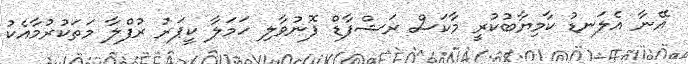
އޭނާ އެލަނޑު ކާމިޔާބުކުރީ މާކަސް ރަޝްފާޑް ފޮނުވާލި ހަމަލާ ކީޕަރު ރުފްލާ މަތަކުރުމާއެކު